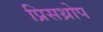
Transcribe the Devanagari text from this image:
प्रिसथ्रोप